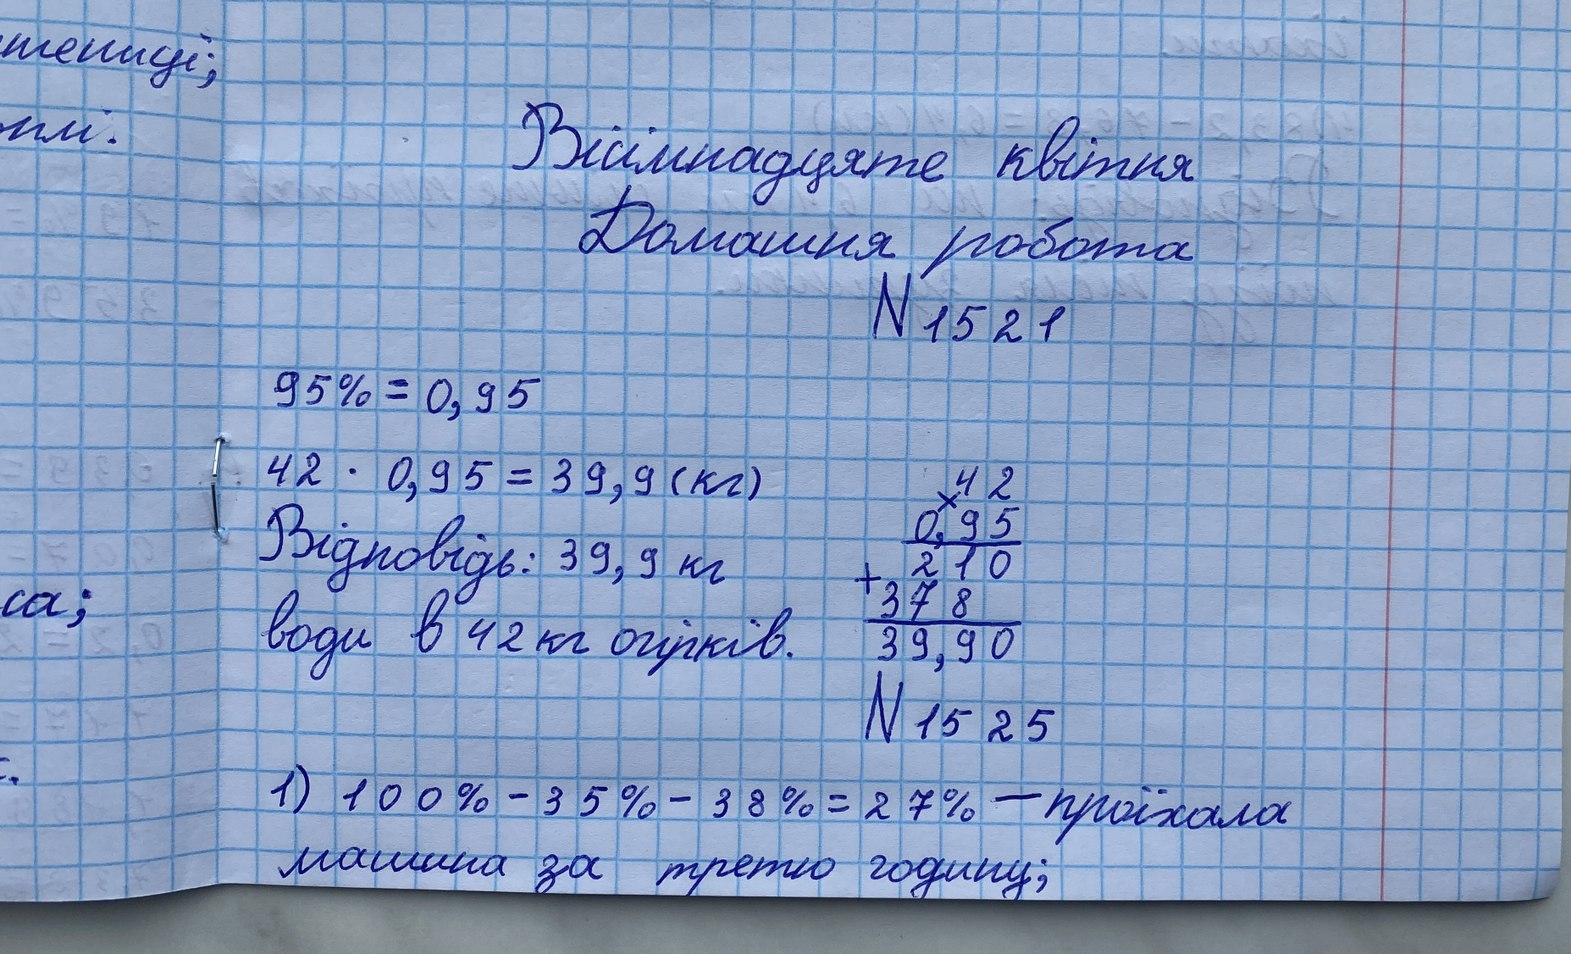
Вісімнадцяте квітня
Домашня робота
№ 1521
95% = 0,95
42 * 0,95 = 39,9 (кг)
42
0,95
210
378
3990
Відповідь: 39,9 кг
води в 42 кг огірків.
№ 1525
1) 100% - 35% - 38% = 27% - проїхала
машина за третю годину;